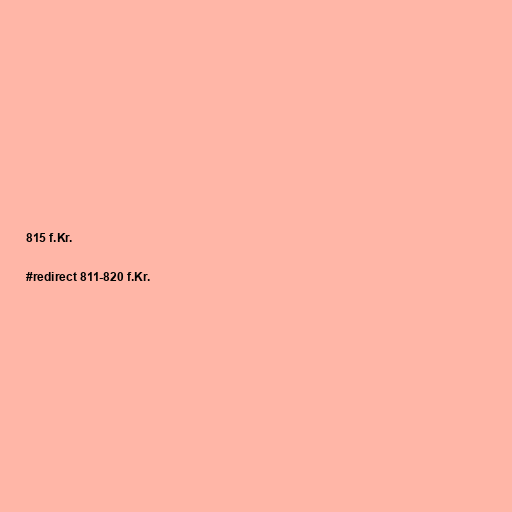
815 f.Kr.

#redirect 811-820 f.Kr.